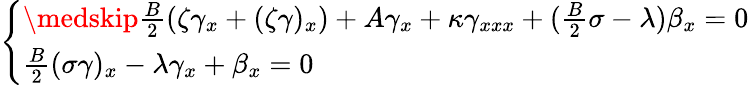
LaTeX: \left\{ \begin{array}{l}{\medskip\frac{B}2(\zeta\gamma_{x}+(\zeta\gamma)_{x})+A\gamma_{x}+\kappa\gamma_{xxx}+(\frac{B}2\sigma-\lambda)\beta_{x}=0}\\ {\frac{B}2(\sigma\gamma)_{x}-\lambda\gamma_{x}+\beta_{x}=0}\end{array}\right.